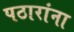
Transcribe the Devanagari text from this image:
पठारांना